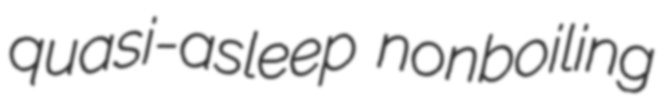
quasi-asleep nonboiling